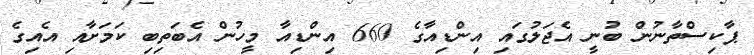
ޕާކިސްތާނުން ބުނީ އެޖަލުގައި އިންޑިއާގެ 660 އިންޑިއާ މީހުން އެބަތިބި ކަމަށާއި އެއިގެ